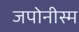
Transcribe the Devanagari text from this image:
जपोनीस्म